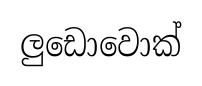
ලුඩොවොක්